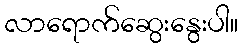
လာရောက်ဆွေးနွေးပါ။